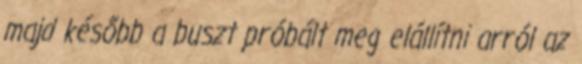
majd később a buszt próbált meg elállítni arról az